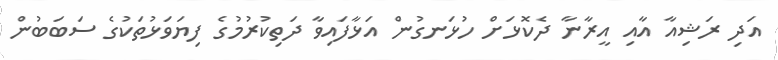
އަދި ރަޝިއާ އާއި އީރާނާ ދެކޮޅަށް ހުޅަނގުން އަޅާފައިވާ ދަތިކުރުމުގެ ފިޔަވަޅުތަކުގެ ސަބަބުން